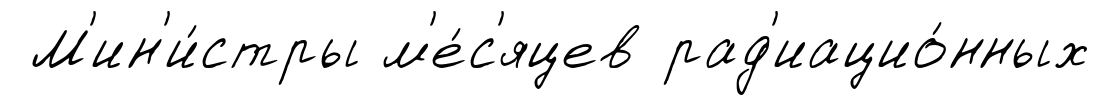
М'ин'и́стры м'е́с'яцев рад'иацио́нных